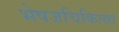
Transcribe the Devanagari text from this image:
भेषजचिकित्सा